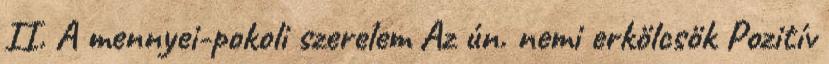
II. A mennyei-pokoli szerelem Az ún. nemi erkölcsök Pozitív